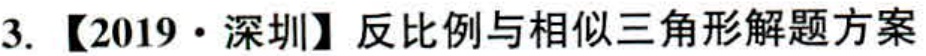
3. 【2019·深圳】反比例与相似三角形解题方案